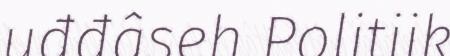
uđđâseh Politiik